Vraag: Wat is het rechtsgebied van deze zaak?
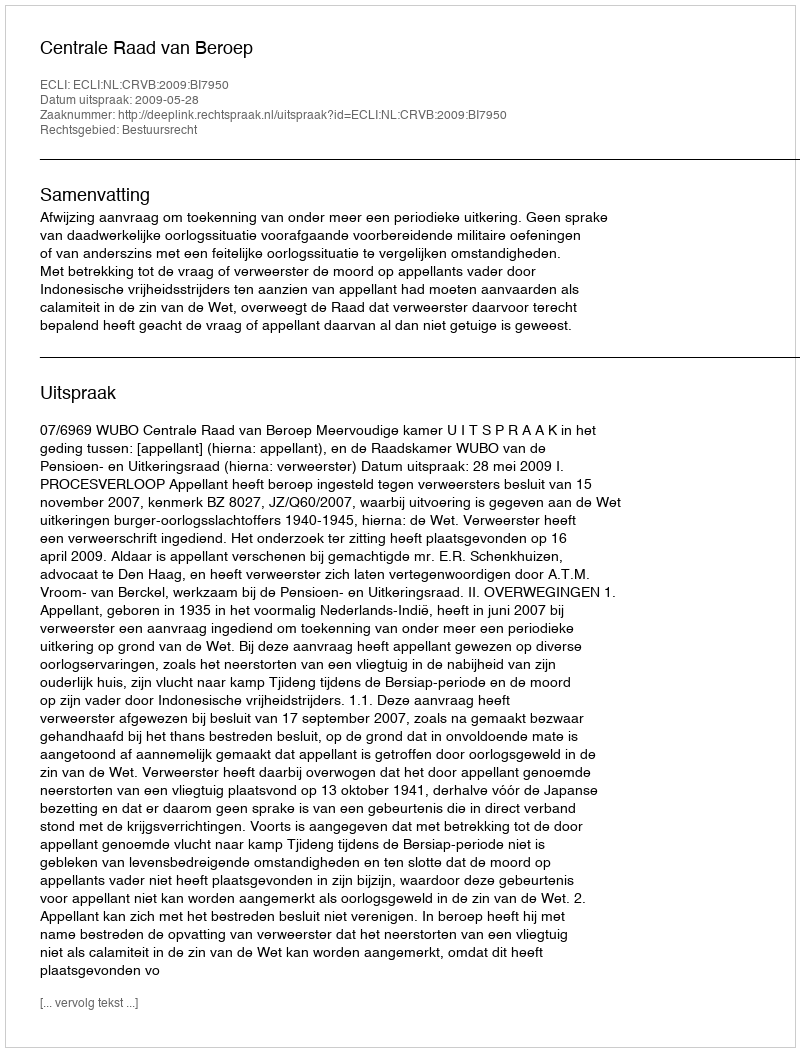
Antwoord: Bestuursrecht